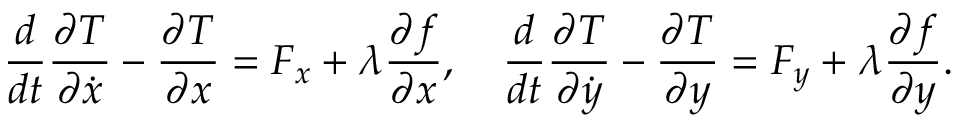
{ \frac { d } { d t } } { \frac { \partial T } { \partial { \dot { x } } } } - { \frac { \partial T } { \partial x } } = F _ { x } + \lambda { \frac { \partial f } { \partial x } } , \quad { \frac { d } { d t } } { \frac { \partial T } { \partial { \dot { y } } } } - { \frac { \partial T } { \partial y } } = F _ { y } + \lambda { \frac { \partial f } { \partial y } } .